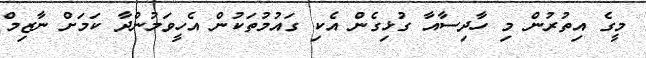
މީގެ އިތުރުން މި ހާދިސާއާ ގުޅިގެން އެކި ގައުމުތަކުން އެހީވަމުންދާ ކަމަށް ނާޒިމް